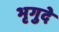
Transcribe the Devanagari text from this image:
भृगुदे